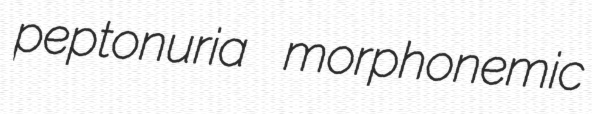
peptonuria morphonemic